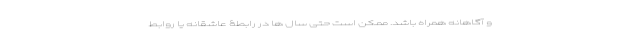
و آگاهانه همراه باشد. ممکن است حتی سال ها در رابطۀ عاشقانه یا روابط